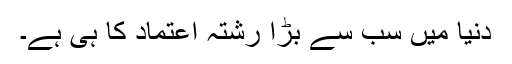
دنیا میں سب سے بڑا رشتہ اعتماد کا ہی ہے۔